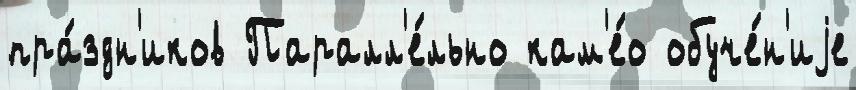
пра́здн'иков Паралл'е́льно кам'е́о обуче́н'иjе